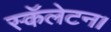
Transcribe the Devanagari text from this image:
स्कॅलेटन।